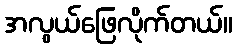
အလွယ်ဖြေလိုက်တယ်။